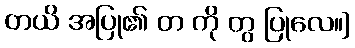
တယိ အပြု၏ တ ကို တွ ပြုလေ။]